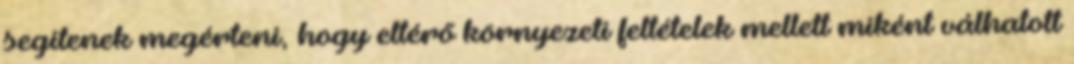
segítenek megérteni, hogy eltérő környezeti feltételek mellett miként válhatott